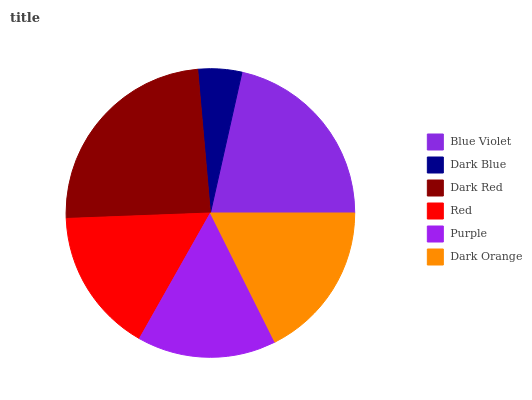
| Blue Violet | Dark Blue | Dark Red | Red | Purple | Dark Orange |
 | --- | --- | --- | --- | --- | --- |
 | 21.5% | 4.91% | 24.2% | 16.2% | 15.6% | 17.7% |